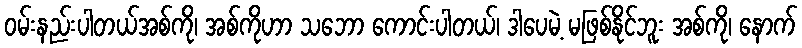
ဝမ်းနည်းပါတယ်အစ်ကို၊ အစ်ကိုဟာ သဘော ကောင်းပါတယ်၊ ဒါပေမဲ့ မဖြစ်နိုင်ဘူး အစ်ကို၊ နောက်